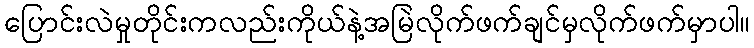
ပြောင်းလဲမှုတိုင်းကလည်းကိုယ်နဲ့အမြဲလိုက်ဖက်ချင်မှလိုက်ဖက်မှာပါ။